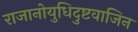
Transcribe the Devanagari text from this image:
राजानोयुधिदुष्टवाजिन